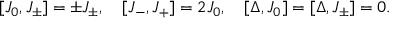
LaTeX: [ J _ { 0 } , J _ { \pm } ] = \pm J _ { \pm } , \quad [ J _ { - } , J _ { + } ] = 2 J _ { 0 } , \quad [ \Delta , J _ { 0 } ] = [ \Delta , J _ { \pm } ] = 0 .